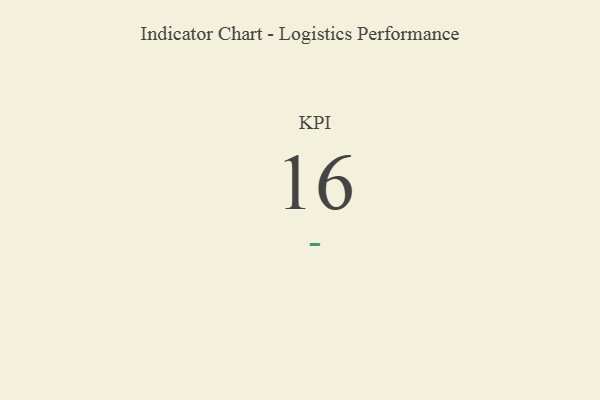
{"axis": {"x": "KPI", "y": "Value"}, "legend": [""], "data": [{"x": "KPI", "y": 16, "type": ""}]}